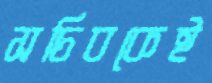
সচিবকেই